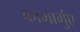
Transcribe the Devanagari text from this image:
कामार्गुए